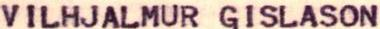
JEG TAKKER DIG OG FINLANDS RADIO FOR VENLIG STOETTE OG SENDER